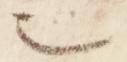
也